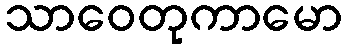
သာဝေတုကာမော